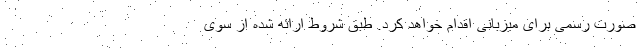
صورت رسمی برای میزبانی اقدام خواهد کرد. طبق شروط ارائه شده از سوی